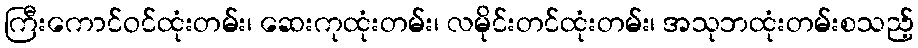
ကြီးကောင်ဝင်ထုံးတမ်း၊ ဆေးကုထုံးတမ်း၊ လမိုင်းတင်ထုံးတမ်း၊ အသုဘထုံးတမ်းစသည့်